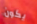
يكون